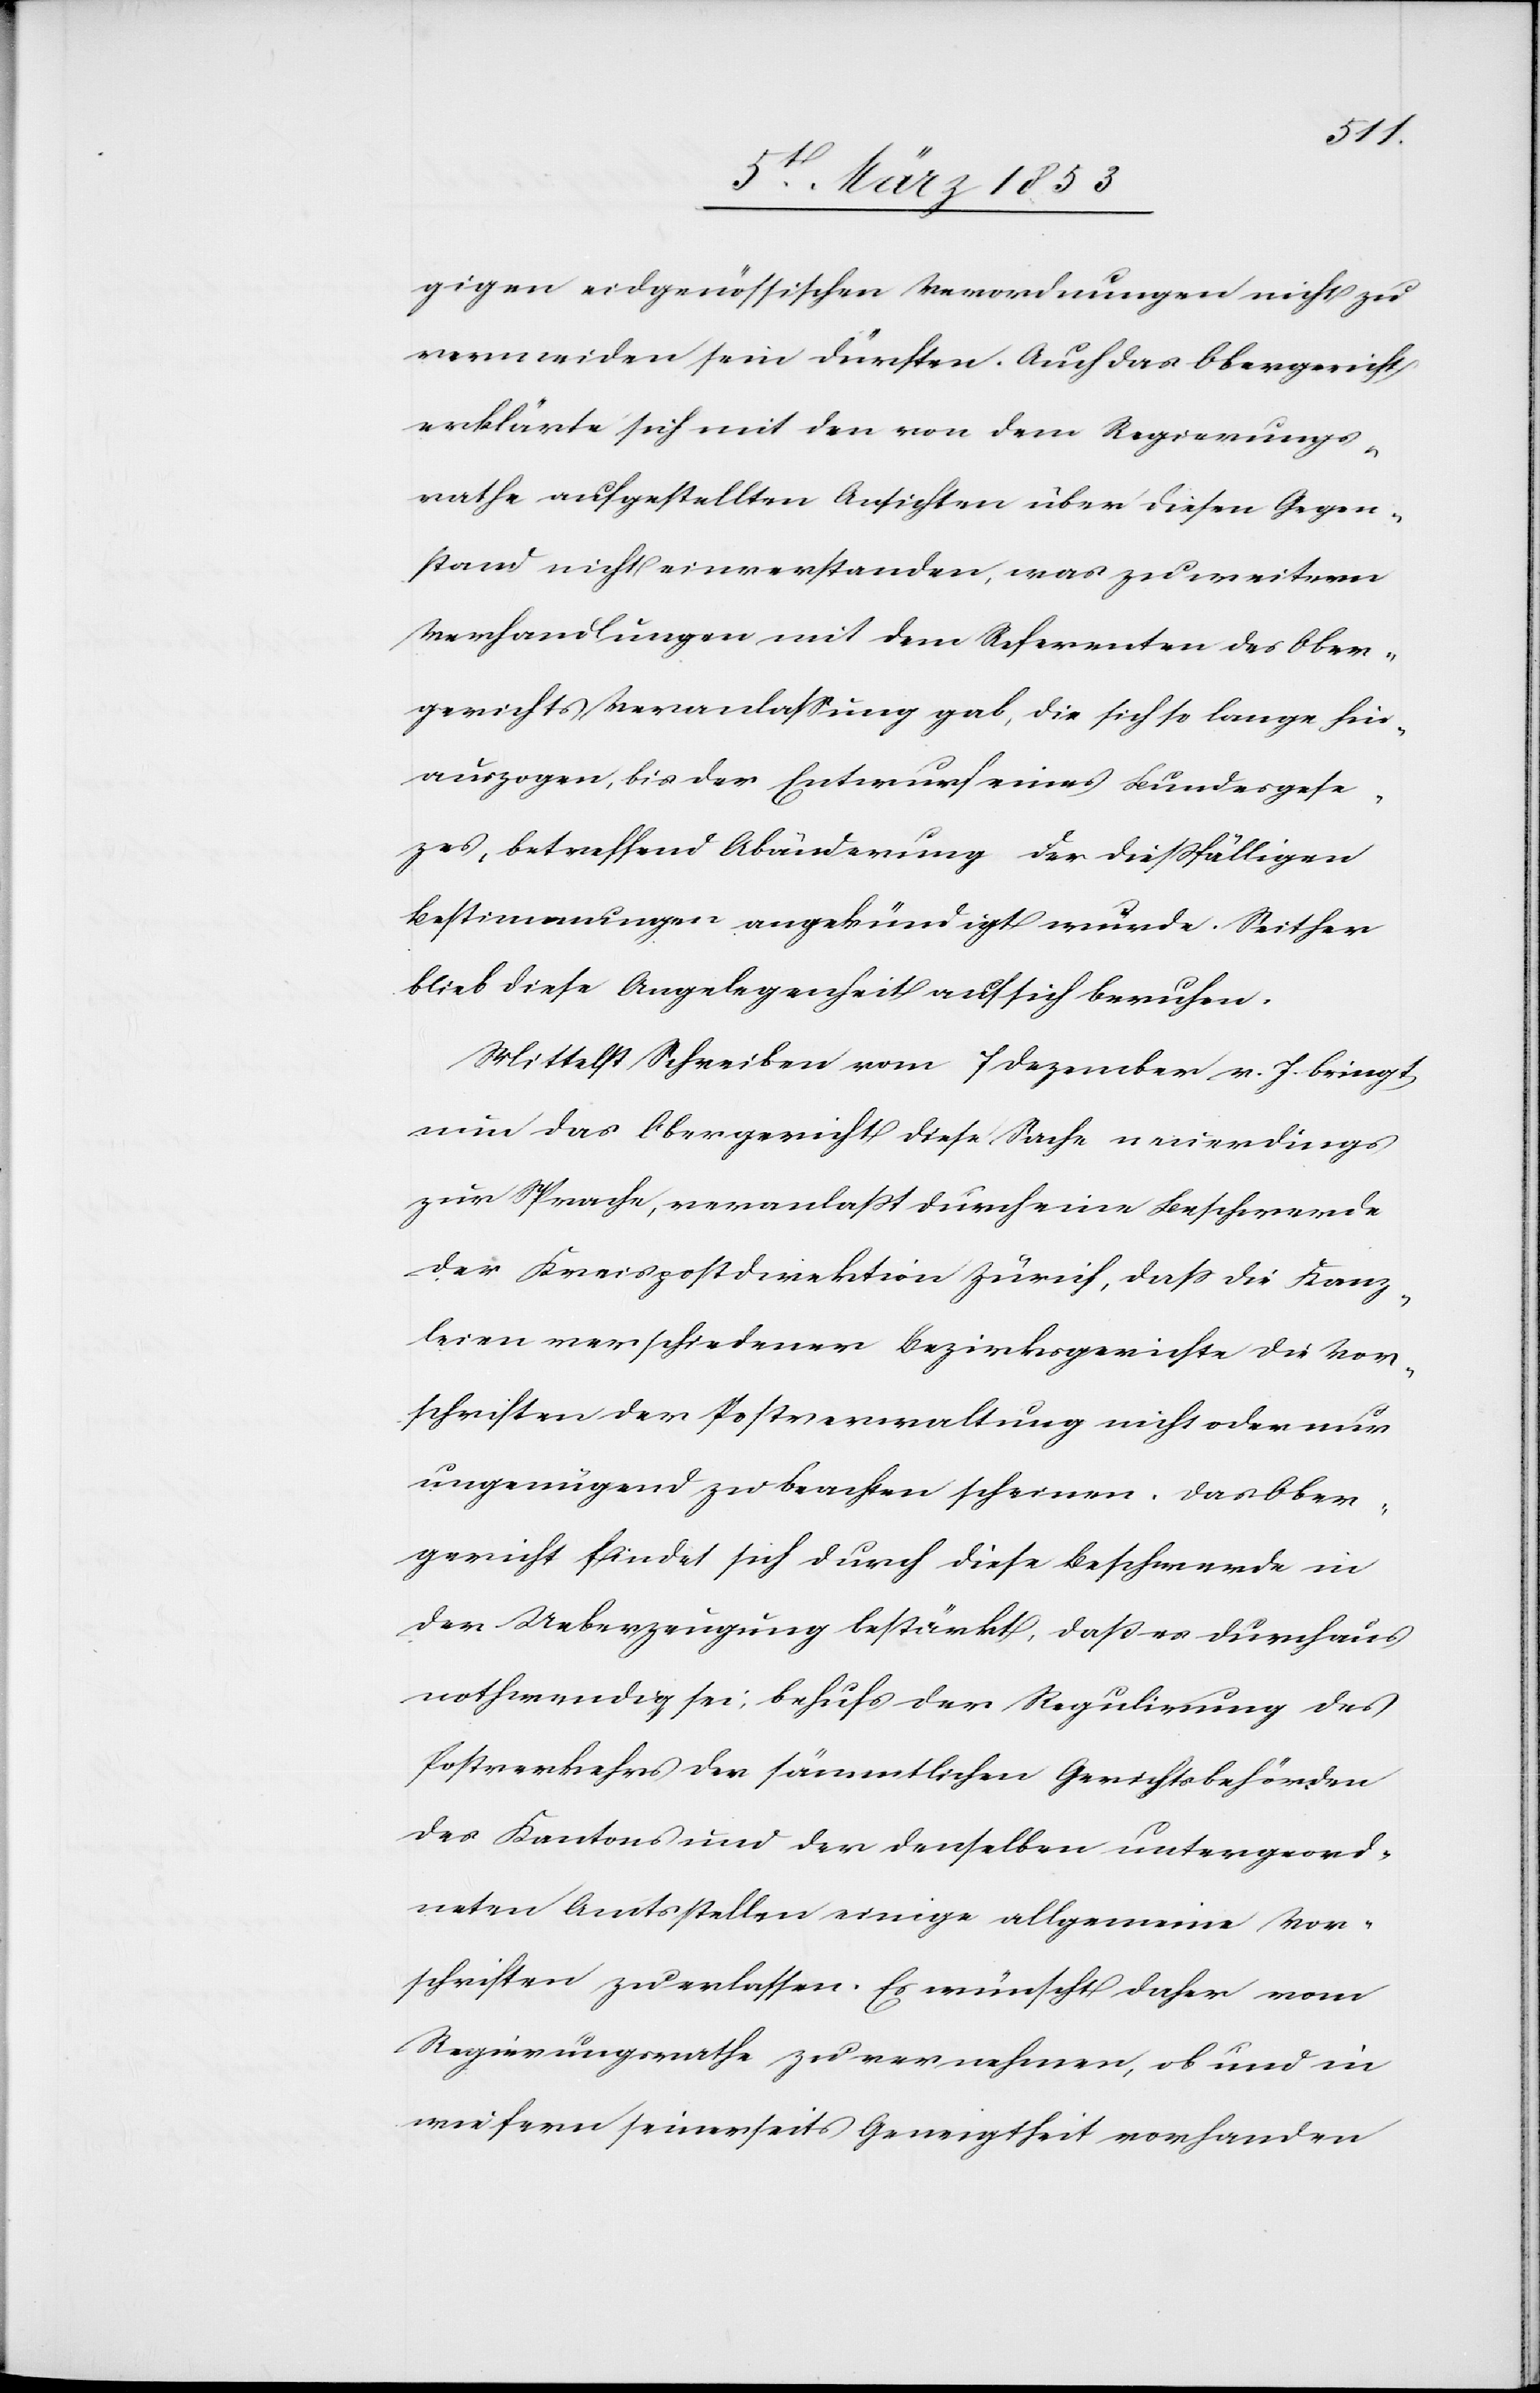
gigen eidgenössischen Verordnungen nicht zu
vermeiden sein dürften. Auch das Obergericht
erklärte sich mit den von dem Regierungs¬
rathe aufgestellten Ansichten über diesen Gegen¬
stand nicht einverstanden, was zu weitern
Verhandlungen mit dem Referenten des Ober¬
gerichtes Veranlaßung gab, die sich so lange hin¬
auszogen, bis der Entwurf eines Bundesgeset¬
zes, betreffend Abänderung der dießfälligen
Bestimmungen angekündigt wurde. Seither
blieb diese Angelegenheit auf sich beruhen.
Mittelst Schreiben vom 7 Dezember v. Js. bringt
nun das Obergericht diese Sache neuerdings
zur Sprache, veranlaßt durch eine Beschwerde
der Kreispostdirektion Zürich, daß die Kanz¬
leien verschiedener Bezirksgerichte die Vor¬
schriften der Postverwaltung nicht oder nur
ungenügend zu beachten scheinen. Das Ober¬
gericht findet sich durch diese Beschwerde in
der Ueberzeugung bestärkt, daß es durchaus
nothwendig sei, behufs der Regulirung des
Postverkehrs der sämmtlichen Gerichtsbehörden
des Kantons und denselben untergeord¬
neten Amtsstellen einige allgemeine Vor¬
schriften zu erlassen. Es wünscht daher vom
Regierungsrathe zu vernehmen, ob und in¬
wiefern seinerseits Geneigtheit vorhanden